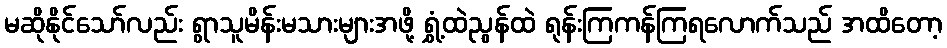
မဆိုနိုင်သော်လည်း ရွာသူမိန်းမသားများအဖို့ ရွှံ့ထဲညွန်ထဲ ရုန်းကြကန်ကြရလောက်သည် အထိတော့